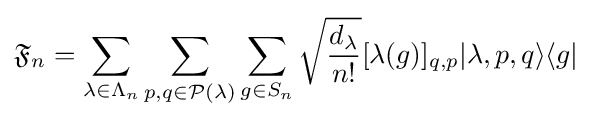
{\mathfrak {F}}_{n}=\sum _{\lambda \in \Lambda _{n}}\sum _{p,q\in {\mathcal {P}}(\lambda )}\sum _{g\in S_{n}}{\sqrt {\frac {d_{\lambda }}{n!}}}[\lambda (g)]_{q,p}|\lambda ,p,q\rangle \langle g|